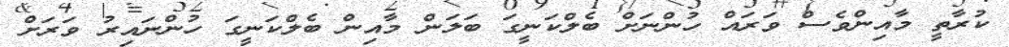
ކުރާތީ މާއިންވެސް ވަރައް ހުންނަށް ބެލްކަނީގަ ބަލަން މާއިން ބެލްކަނީގަ ހުންނައިރު ވަރަށް